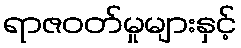
ရာဇဝတ်မှုများနှင့်